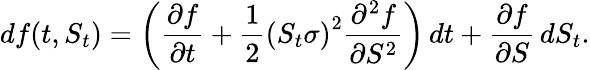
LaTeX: df(t,S_{t})=\left({\frac{\partial f}{\partial t}}+{\frac{1}{2}}\left(S_{t}\sigma\right)^{2}{\frac{\partial^{2}f}{\partial S^{2}}}\right)\, dt+{\frac{\partial f}{\partial S}}\, dS_{t}.